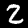
Digit: 2